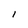
Character: I